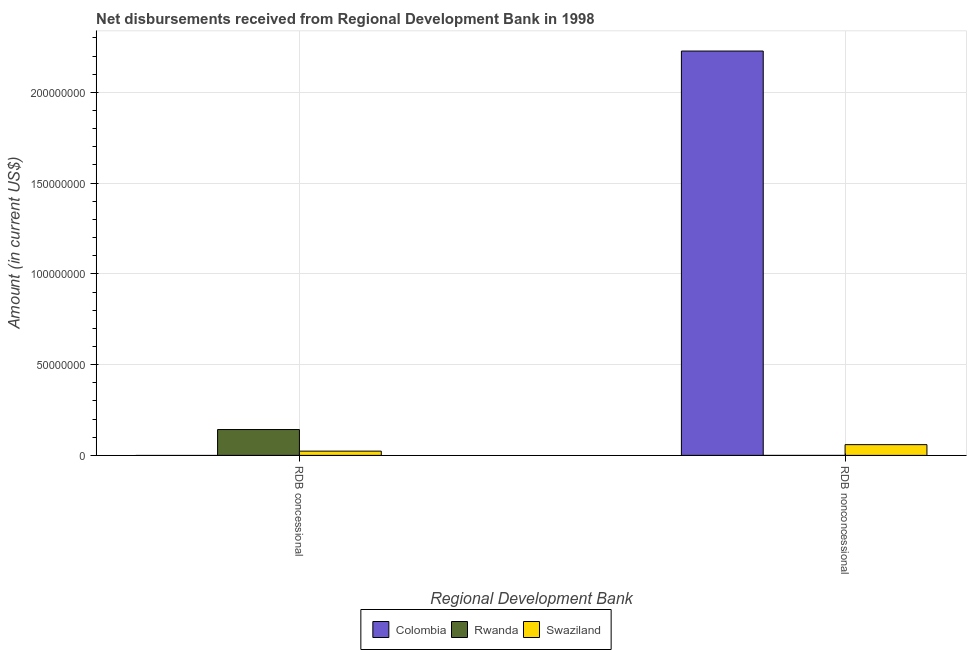
| Regional Development Bank | Colombia | Rwanda | Swaziland |
 | --- | --- | --- | --- |
 | RDB concessional | -1.46e+07 | 1.42e+07 | 2.34e+06 |
 | RDB nonconcessional | 2.23e+08 | -2.4e+04 | 5.92e+06 |